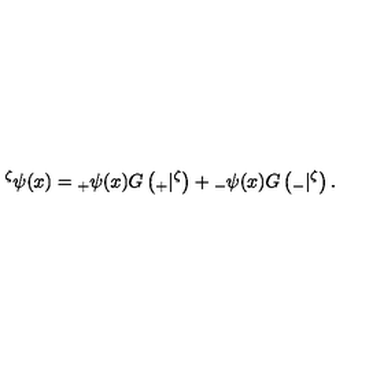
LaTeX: { } ^ { \zeta } \psi ( x ) = { } _ { + } \psi ( x ) G \left( { } _ { + } | { } ^ { \zeta } \right) + { } _ { - } \psi ( x ) G \left( { } _ { - } | { } ^ { \zeta } \right) .